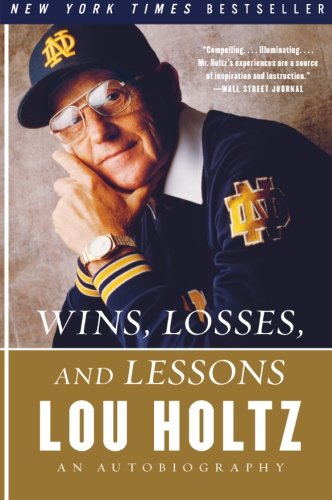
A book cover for Wins, Losses, and Lessons: An Autobiography; Lou Holtz; Biographies & Memoirs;